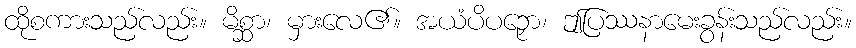
ထိုစကားသည်လည်း။ မိစ္ဆာ၊ မှားလေ၏။ အယံပိပဉှော၊ ဤပြဿနာမေးခွန်းသည်လည်း။